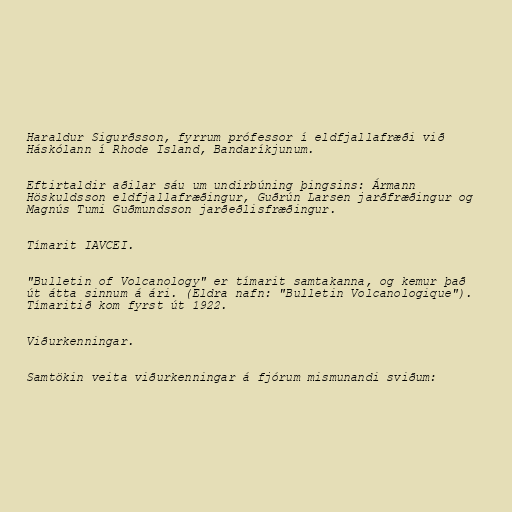
Haraldur Sigurðsson, fyrrum prófessor í eldfjallafræði við
Háskólann í Rhode Island, Bandaríkjunum.

Eftirtaldir aðilar sáu um undirbúning þingsins: Ármann
Höskuldsson eldfjallafræðingur, Guðrún Larsen jarðfræðingur og
Magnús Tumi Guðmundsson jarðeðlisfræðingur.

Tímarit IAVCEI.

"Bulletin of Volcanology" er tímarit samtakanna, og kemur það
út átta sinnum á ári. (Eldra nafn: "Bulletin Volcanologique").
Tímaritið kom fyrst út 1922.

Viðurkenningar.

Samtökin veita viðurkenningar á fjórum mismunandi sviðum: